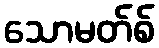
သောမတ်စ်